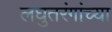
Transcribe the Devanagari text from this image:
लघुतरंगांच्या